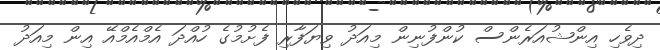
ދިވެހި އިންޝުއަރެންސް ކުންފުނިން މިއަދު ވިޔަފާރި ފެށުމުގެ ހުއްދަ އެމްއެމްއޭ އިން މިއަދު